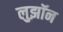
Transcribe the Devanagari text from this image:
लुझॉन